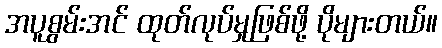
အပူစွမ်းအင် ထုတ်လုပ်မှုဖြစ်ဖို့ ပိုများတယ်။